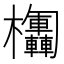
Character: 𣡴